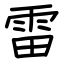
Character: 雷